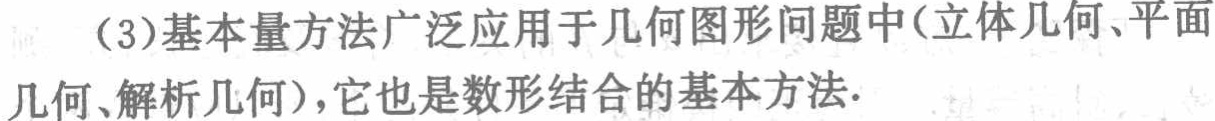
（3）基本量方法广泛应用于几何图形问题中(立体几何、平面几何、解析几何)，它也是数形结合的基本方法.